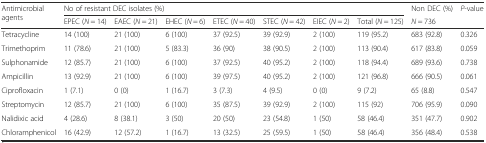
<table><thead><tr><td rowspan="2"><b>Antimicrobial agents</b></td><td colspan="7"><b>No of resistant DEC isolates (%)</b></td><td><b>Non DEC (%)</b></td><td><b><i>P</i>-value</b></td></tr><tr><td><b>EPEC (<i>N</i> = 14)</b></td><td><b>EAEC (<i>N</i> = 21)</b></td><td><b>EHEC (<i>N</i> = 6)</b></td><td><b>ETEC (<i>N</i> = 40)</b></td><td><b>STEC (<i>N</i> = 42)</b></td><td><b>EIEC (<i>N</i> = 2)</b></td><td><b>Total (<i>N</i> = 125)</b></td><td><b><i>N</i> = 736</b></td><td></td></tr></thead><tbody><tr><td>Tetracycline</td><td>14 (100)</td><td>21 (100)</td><td>6 (100)</td><td>37 (92.5)</td><td>39 (92.9)</td><td>2 (100)</td><td>119 (95.2)</td><td>683 (92.8)</td><td>0.326</td></tr><tr><td>Trimethoprim</td><td>11 (78.6)</td><td>21 (100)</td><td>5 (83.3)</td><td>36 (90)</td><td>38 (90.5)</td><td>2 (100)</td><td>113 (90.4)</td><td>617 (83.8)</td><td>0.059</td></tr><tr><td>Sulphonamide</td><td>12 (85.7)</td><td>21 (100)</td><td>6 (100)</td><td>37 (92.5)</td><td>40 (95.2)</td><td>2 (100)</td><td>118 (94.4)</td><td>689 (93.6)</td><td>0.738</td></tr><tr><td>Ampicillin</td><td>13 (92.9)</td><td>21 (100)</td><td>6 (100)</td><td>39 (97.5)</td><td>40 (95.2)</td><td>2 (100)</td><td>121 (96.8)</td><td>666 (90.5)</td><td>0.061</td></tr><tr><td>Ciprofloxacin</td><td>1 (7.1)</td><td>0 (0)</td><td>1 (16.7)</td><td>3 (7.3)</td><td>4 (9.5)</td><td>0 (0)</td><td>9 (7.2)</td><td>65 (8.8)</td><td>0.547</td></tr><tr><td>Streptomycin</td><td>12 (85.7)</td><td>21 (100)</td><td>6 (100)</td><td>35 (87.5)</td><td>39 (92.9)</td><td>2 (100)</td><td>115 (92)</td><td>706 (95.9)</td><td>0.090</td></tr><tr><td>Nalidixic acid</td><td>4 (28.6)</td><td>8 (38.1)</td><td>3 (50)</td><td>20 (50)</td><td>23 (54.8)</td><td>1 (50)</td><td>58 (46.4)</td><td>351 (47.7)</td><td>0.902</td></tr><tr><td>Chloramphenicol</td><td>16 (42.9)</td><td>12 (57.2)</td><td>1 (16.7)</td><td>13 (32.5)</td><td>25 (59.5)</td><td>1 (50)</td><td>58 (46.4)</td><td>356 (48.4)</td><td>0.538</td></tr></tbody></table>